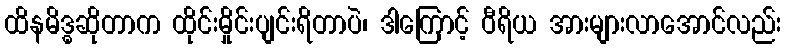
ထိနမိဒ္ဓဆိုတာက ထိုင်းမှိုင်းပျင်းရိတာပဲ၊ ဒါကြောင့် ဝီရိယ အားများလာအောင်လည်း